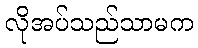
လိုအပ်သည်သာမက